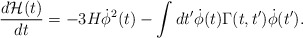
\begin{align*}\frac{d{\cal H}(t)}{dt}= -3H{\dot \phi}^2(t) -\int dt' {\dot \phi}(t) \Gamma(t,t') {\dot \phi}(t').\end{align*}